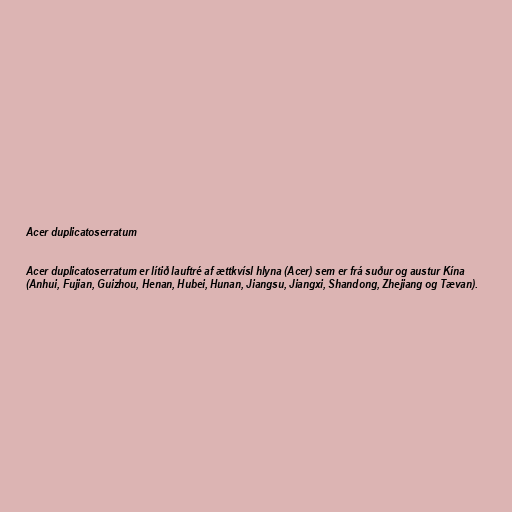
Acer duplicatoserratum

Acer duplicatoserratum er lítið lauftré af ættkvísl hlyna (Acer) sem er frá suður og austur Kína
(Anhui, Fujian, Guizhou, Henan, Hubei, Hunan, Jiangsu, Jiangxi, Shandong, Zhejiang og Tævan).